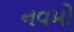
નવમો